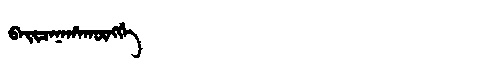
Manchu: ᠪᠠᡳᠴᠠᠨᠠᡥᠠᡴᡡᠩᡤᡝ
Romanization: BAICANAHAKŪNGGE